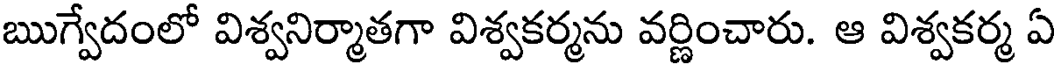
ఋగ్వేదంలో విశ్వనిర్మాతగా విశ్వకర్మను వర్ణించారు. ఆ విశ్వకర్మ ఏ